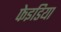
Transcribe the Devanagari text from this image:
फेइडिया